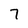
Character: 7